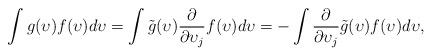
LaTeX: \begin{align*} \int g(\upsilon) f(\upsilon) d \upsilon = \int \tilde{g}(\upsilon)\frac{\partial}{\partial \upsilon_j} f(\upsilon) d\upsilon = -\int\frac{\partial}{\partial \upsilon_j} \tilde{g}(\upsilon)f(\upsilon) d\upsilon,\end{align*}